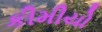
કીમીયો